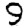
Digit: 9